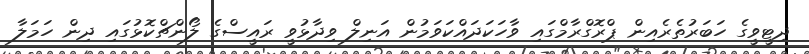
ދިޓީވީގެ ހަބަރުތެރެއިން ޕްރޮގްރާމްގައި ވާހަކަދައްކަވަމުން އަނިލް ވިދާޅުވީ ރައީސްގެ ލޯންޗްކޮޅުގައި ދިން ހަމަލާ